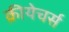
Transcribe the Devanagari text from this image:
क्रीयेचर्स